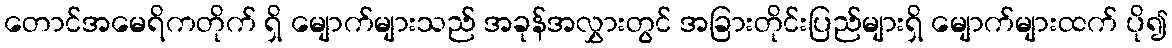
တောင်အမေရိကတိုက် ရှိ မျောက်များသည် အခုန်အလွှားတွင် အခြားတိုင်းပြည်များရှိ မျောက်များထက် ပို၍